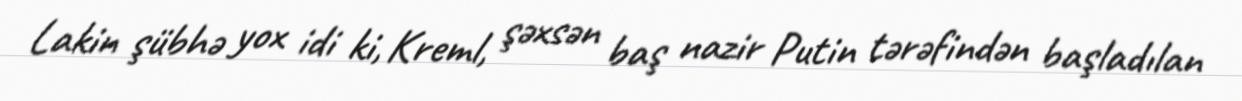
Lakin şübhə yox idi ki, Kreml, şəxsən baş nazir Putin tərəfindən başladılan